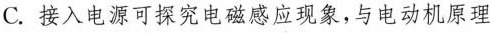
C. 接入电源可探究电磁感应现象，与电动机原理